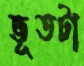
ভূতটা